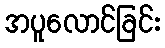
အပူလောင်ခြင်း